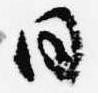
日